Annual report on the working of the lock hospitals in the North-Western Provinces and Oudh
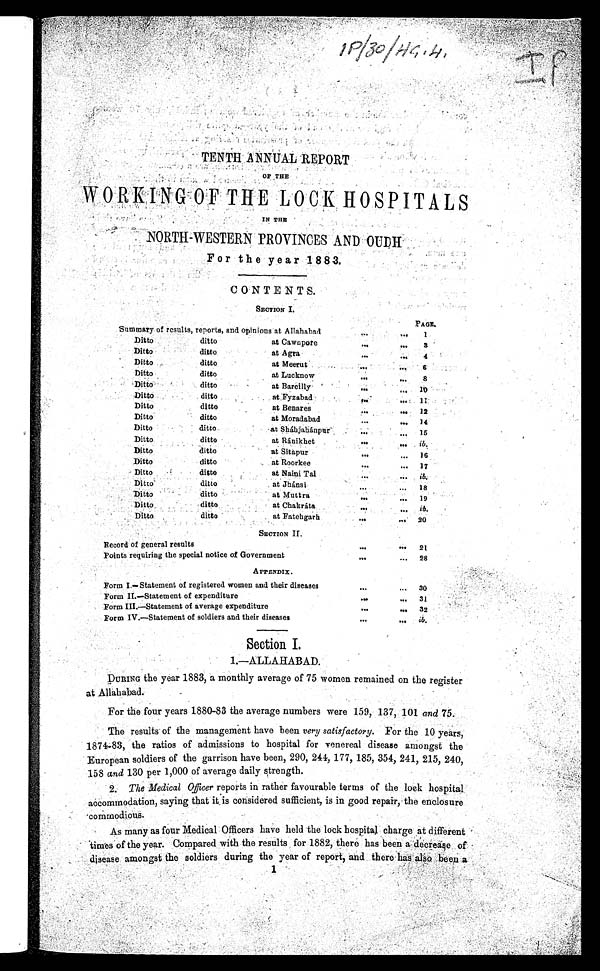
I P / 3 0 / H C , 4 ,
I P
TENTH ANNUAL REPOR T
O F T H E
W O R K I N G O F T H E L O C K H O S P I T A L S
IN THE
NORTH-WESTERN PROVINCES AND OUDH
For the year 1883.
CONTENTS.
SECTION I.
PAGE.
summary of results, reports, and opinions at Allahabad
. . .
. . . 1
Ditto
ditto
at Cawnpore
...
. . .
3
Ditto
ditto
at Agra
...
. . . 4
Ditto
ditto
at Meerut
. . . . . .
6
Ditto
ditto
at Lucknow
...
. . . 8
Ditto
ditto
at Bareilly
. . .
. . .
10
Ditto
ditto
at Fyzabad
. . .
. . . 11
Ditto
d i t t o
at Benar es
. . . ... 12
Ditto
ditto
at Moradabad
. . . . . . 14
Ditto
ditto
at Sháhjahánpur
. . .
. . . 15
Ditto
ditto
at Ránikhet
...
. . . i b
Ditto
ditto
at Sitapur
. . . . . . 16
Ditto
ditto
at Roorkee
. . . ...
1 7
Ditto
d i t t o .
at Naini Tal
. . . ... ib
Ditto
ditto
at Jhánsi
...
. . . 18
Ditto
ditto
at Muttra
...
. . . 19
Ditto
ditto
at Chakráta
. . . . . . ib.
Ditto
ditto
at Fatehgarh
...
... 20
SECTION II.
record of general results
. . .
. . . 21
Points requiring the special notice of Government
. . .
... 28
APPENDIX.
Form I.—Statement of registered women and their diseases
. . .
... 30
Form II—Statement of expenditure
. . .
. . . 31
Form III.—Statement of average expenditure
. .
...
32
Form IV.—Statement of soldiers and their diseases
...
...
ib
Section I.
L—ALLAHABAD.
DURING the year 1883, a monthly average of 75 women remained on the register
at Allahabad.
For the four years 1880-83 the average numbers were 159, 137, 101 and 75.
The results of the management have been very satisfactory. For the 10 years,
1874-83, the ratios of admissions to hospital for venereal disease amongst the
European soldiers of the garrison have been, 290, 244, 177, 185, 354, 241, 215, 240,
158 and 130 per 1,000 of average daily strength.
2. The Medical Officer reports in rather favourable terms of the lock hospital.
accommodation, saying that it is considered sufficient, is in good repair, the enclosure
commodious.
As many as four Medical Officers have held the lock hospital charge at different
times of the year. Compared with the results for 1882, there has been a decrease of
disease amongst the soldiers during the year of report, and, there has also been a
1